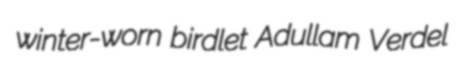
winter-worn birdlet Adullam Verdel